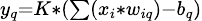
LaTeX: \scriptstyle y_{q}=K*(\sum(x_{i}*w_{iq})-b_{q})